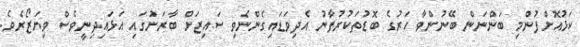
ކަޅުއޮށްފުންމި ބަންނަން ބޭނުންވާ ހަރުގެ ބޮޑުތަކުރުފާނު އެދިވަޑައިގެންނެވި ސައިޒަށް ބާރަށުގައި އަޅައިދިނީވެސް ވިޔަޒޯރެވެ.